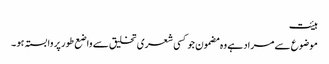
ہیئت
موضوع سے مراد ہے وہ مضمون جو کسی شعری تخلیق سے واضع طور پر وابستہ ہو ۔